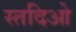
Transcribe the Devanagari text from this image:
स्तदिओ